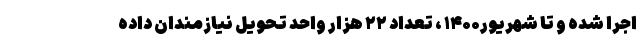
اجرا شده و تا شهریور۱۴۰۰ ، تعداد ۲۲ هزار واحد تحویل نیازمندان داده